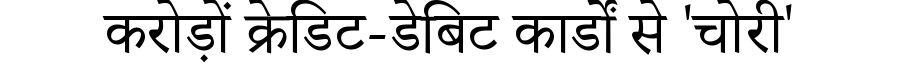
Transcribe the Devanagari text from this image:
करोड़ों क्रेडिट-डेबिट कार्डों से 'चोरी'